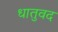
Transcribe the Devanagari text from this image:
धातुवद